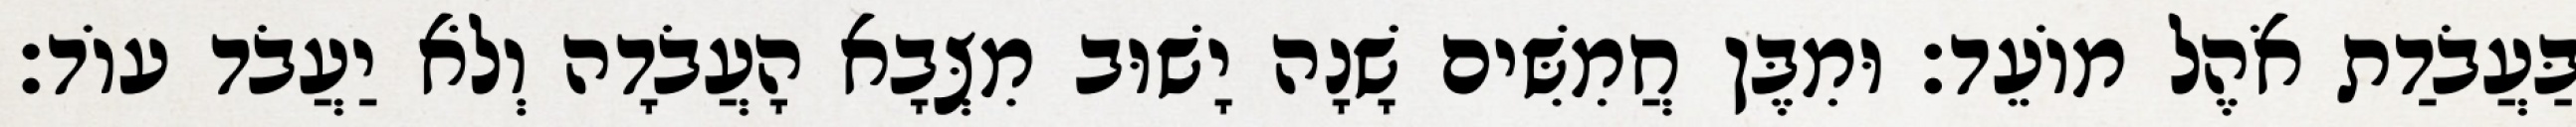
בַּעֲבֹדַת אֹהֶל מוֹעֵד׃ וּמִבֶּן חֲמִשִּׁים שָׁנָה יָשׁוּב מִצְּבָא הָעֲבֹדָה וְלֹא יַעֲבֹד עוֹד׃